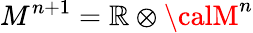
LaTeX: {M}^{n+1}={\cal\mathbb{R}}\otimes{\calM}^{n}